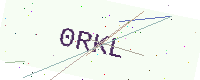
Text: 0RKL